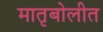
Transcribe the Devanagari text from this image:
मातृबोलीत